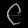
Digit: ၉